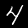
Label: 4